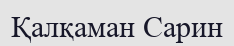
Қалқаман Сарин